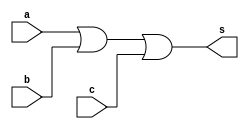
// ------------------------- 
//--Construir a tabela_verdade para a porta OR com 3 entradas. 
//-- Usar na definio do mdulo a propriedade de Morgan.  
//----------------------------- 
// Exercicio04 - OR 
// Nome: Milton costa teles da silva
// ------------------------- 
// ------------------------- 
// -- or gate 
// -------------------------
module orgate ( output s, input a, b, c); 
  assign s = ~(~(a|b|c))  ; 
endmodule // orgate 
// --------------------- 
// -- test or gate 
// --------------------- 
module testorgate; 
// ------------------------- dados locais 
   reg a, b, c; // definir registradores 
   wire s; // definir conexao (fio) 
// ------------------------- instancia 
   orgate OR1 (s, a, b, c); 
// ------------------------- preparacao 
   initial begin:start
     a=0; b=0; c=0; 
   end 
// ------------------------- parte principal 
   initial begin:main 
     $display("Exercicio04 -  Milton teles da silva - 2751"); 
     $display("Test OR gate"); 
     $display("a|b|c = s"); 
     $monitor("%b %b %b = %b", a, b, c, s);
	    #1 a=1; b=0; c=0;
		 #1 a=0; b=1; c=0;
		 #1 a=0; b=0; c=1;
		 #1 a=1; b=1; c=0;
		 #1 a=1; b=0; c=1;
		 #1 a=0; b=1; c=1;
		 #1 a=1; b=1; c=1;
    end 
endmodule // testorgate